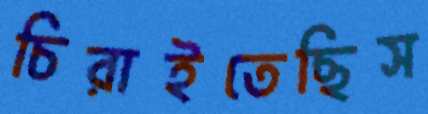
চিরাইতেছিস